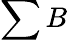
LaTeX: \sum B